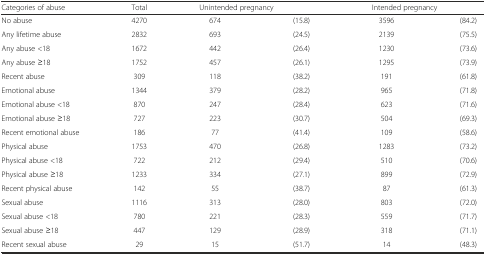
<table><thead><tr><td><b>Categories of abuse</b></td><td><b>Total</b></td><td colspan="2"><b>Unintended pregnancy</b></td><td colspan="2"><b>Intended pregnancy</b></td></tr></thead><tbody><tr><td>No abuse</td><td>4270</td><td>674</td><td>(15.8)</td><td>3596</td><td>(84.2)</td></tr><tr><td>Any lifetime abuse</td><td>2832</td><td>693</td><td>(24.5)</td><td>2139</td><td>(75.5)</td></tr><tr><td>Any abuse &lt;18</td><td>1672</td><td>442</td><td>(26.4)</td><td>1230</td><td>(73.6)</td></tr><tr><td>Any abuse ≥18</td><td>1752</td><td>457</td><td>(26.1)</td><td>1295</td><td>(73.9)</td></tr><tr><td>Recent abuse</td><td>309</td><td>118</td><td>(38.2)</td><td>191</td><td>(61.8)</td></tr><tr><td>Emotional abuse</td><td>1344</td><td>379</td><td>(28.2)</td><td>965</td><td>(71.8)</td></tr><tr><td>Emotional abuse &lt;18</td><td>870</td><td>247</td><td>(28.4)</td><td>623</td><td>(71.6)</td></tr><tr><td>Emotional abuse ≥18</td><td>727</td><td>223</td><td>(30.7)</td><td>504</td><td>(69.3)</td></tr><tr><td>Recent emotional abuse</td><td>186</td><td>77</td><td>(41.4)</td><td>109</td><td>(58.6)</td></tr><tr><td>Physical abuse</td><td>1753</td><td>470</td><td>(26.8)</td><td>1283</td><td>(73.2)</td></tr><tr><td>Physical abuse &lt;18</td><td>722</td><td>212</td><td>(29.4)</td><td>510</td><td>(70.6)</td></tr><tr><td>Physical abuse ≥18</td><td>1233</td><td>334</td><td>(27.1)</td><td>899</td><td>(72.9)</td></tr><tr><td>Recent physical abuse</td><td>142</td><td>55</td><td>(38.7)</td><td>87</td><td>(61.3)</td></tr><tr><td>Sexual abuse</td><td>1116</td><td>313</td><td>(28.0)</td><td>803</td><td>(72.0)</td></tr><tr><td>Sexual abuse &lt;18</td><td>780</td><td>221</td><td>(28.3)</td><td>559</td><td>(71.7)</td></tr><tr><td>Sexual abuse ≥18</td><td>447</td><td>129</td><td>(28.9)</td><td>318</td><td>(71.1)</td></tr><tr><td>Recent sexual abuse</td><td>29</td><td>15</td><td>(51.7)</td><td>14</td><td>(48.3)</td></tr></tbody></table>